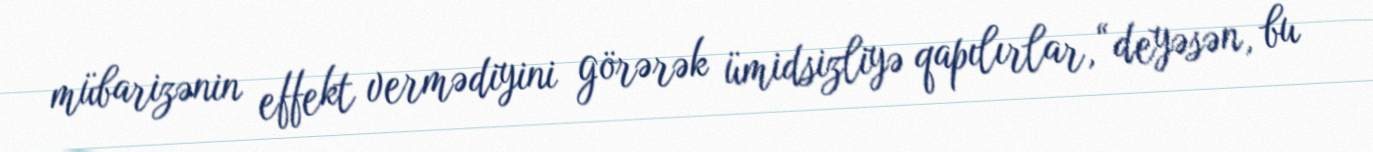
mübarizənin effekt vermədiyini görərək ümidsizliyə qapılırlar, “deyəsən, bu